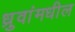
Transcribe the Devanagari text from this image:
ध्रुवांमधील